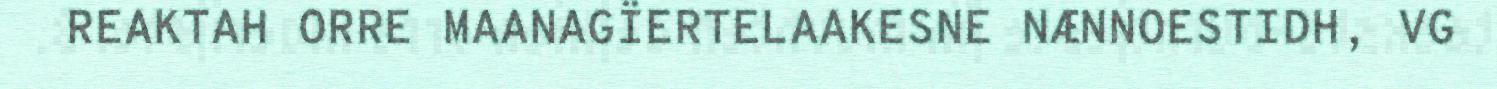
REAKTAH ORRE MAANAGÏERTELAAKESNE NÆNNOESTIDH, VG